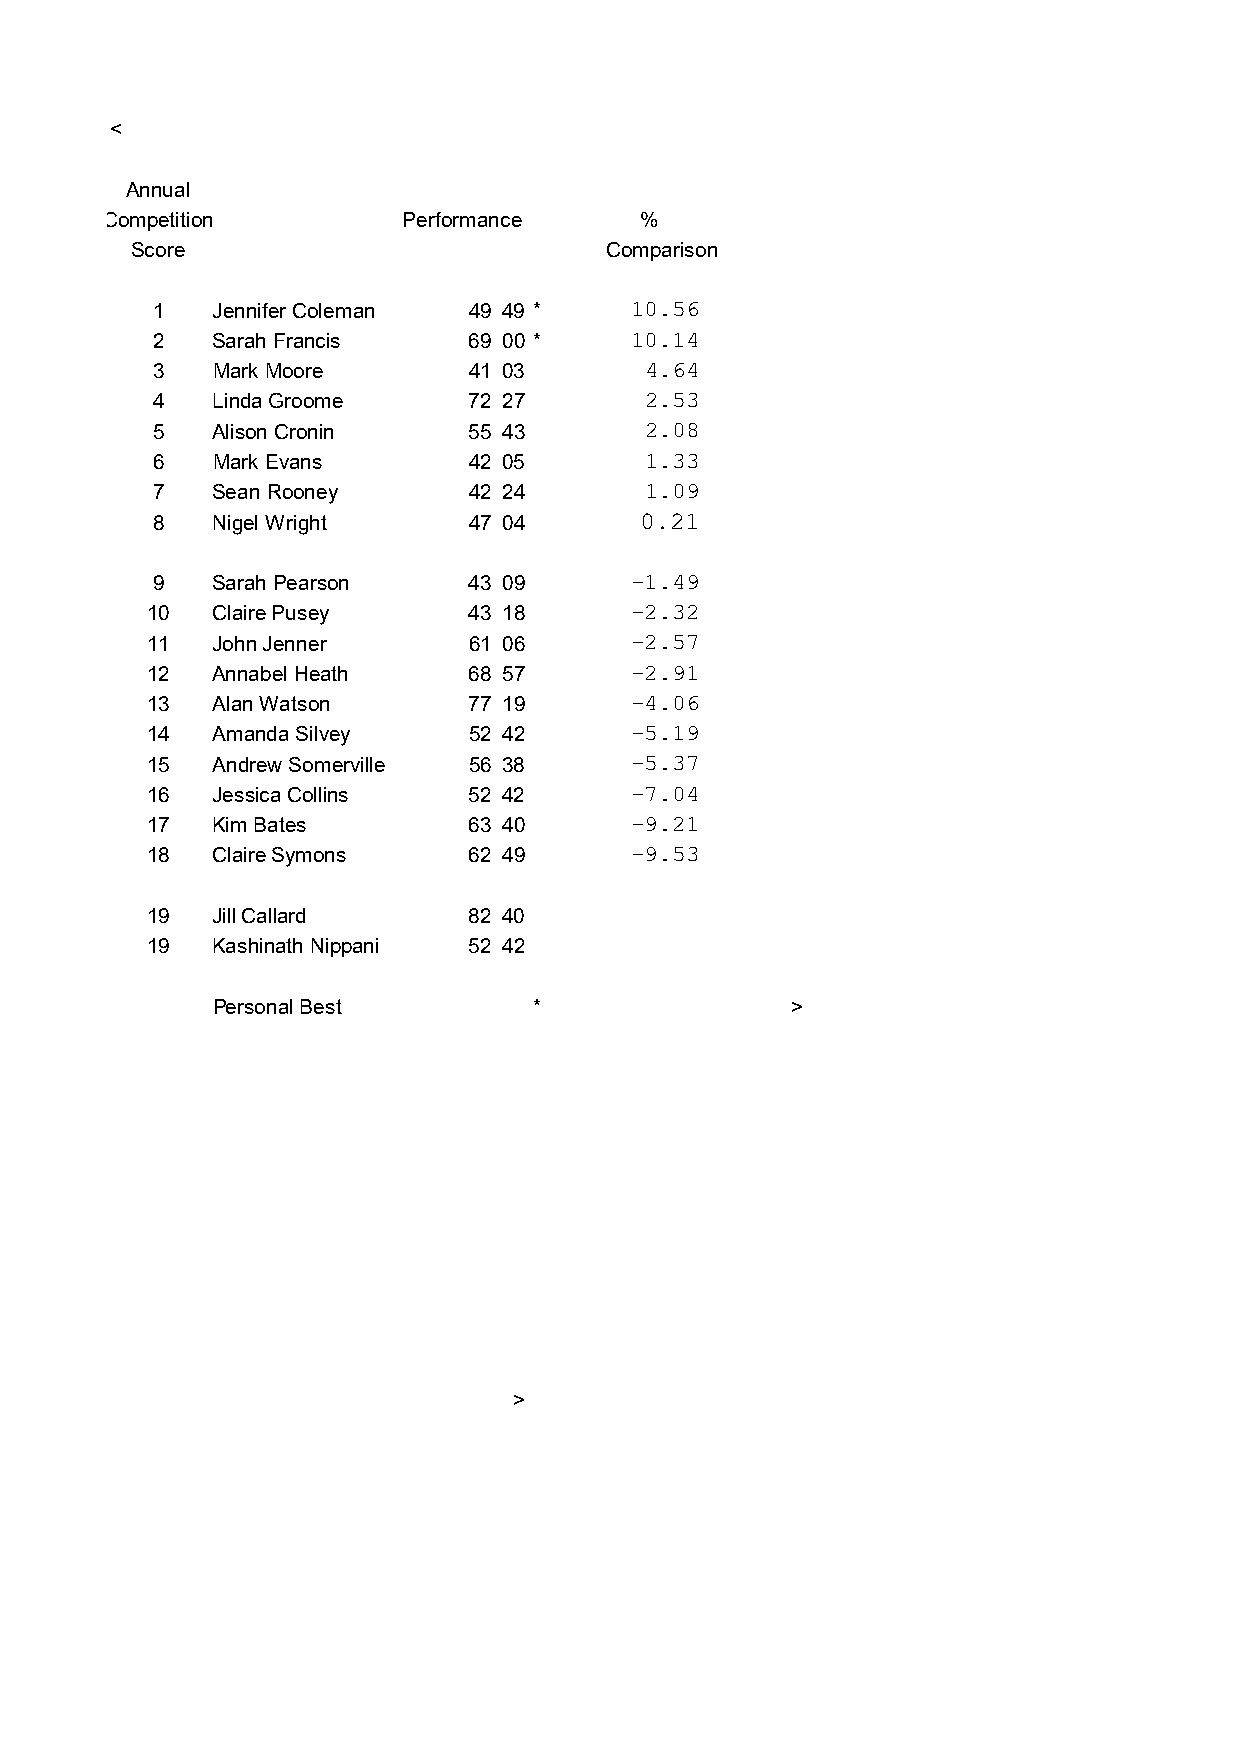
<
 Annual
 Competition         Performance    %
 Score                          Comparison
 1   Jennifer Coleman 49 49 *    10.56
 2   Sarah Francis    69 00 *    10.14
 3   Mark Moore       41 03       4.64
 4   Linda Groome     72 27       2.53
 5   Alison Cronin    55 43       2.08
 6   Mark Evans       42 05       1.33
 7   Sean Rooney      42 24       1.09
 8   Nigel Wright     47 04      0.21
 9   Sarah Pearson    43 09      -1.49
 10  Claire Pusey     43 18      -2.32
 11  John Jenner      61 06      -2.57
 12  Annabel Heath    68 57      -2.91
 13  Alan Watson      77 19      -4.06
 14  Amanda Silvey    52 42      -5.19
 15  Andrew Somerville 56 38     -5.37
 16  Jessica Collins  52 42      -7.04
 17  Kim Bates        63 40      -9.21
 18  Claire Symons    62 49      -9.53
 19  Jill Callard     82 40
 19  Kashinath Nippani 52 42
 Personal Best        *                >
 >